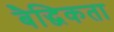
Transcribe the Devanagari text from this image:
बैद्धिकता